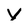
Character: v